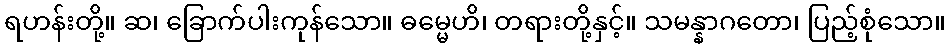
ရဟန်းတို့။ ဆ၊ ခြောက်ပါးကုန်သော။ ဓမ္မေဟိ၊ တရားတို့နှင့်။ သမန္နာဂတော၊ ပြည့်စုံသော။